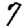
Digit: 7